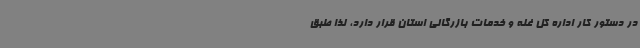
در دستور کار اداره کل غله و خدمات بازرگانی استان قرار دارد، لذا طبق